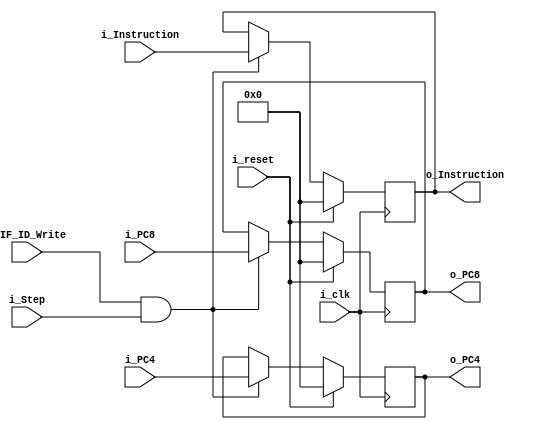
`timescale 1ns / 1ps
//////////////////////////////////////////////////////////////////////////////////


module Etapa_IF_ID
    #(
        parameter NBITS = 32
    )
    (
        input   wire                        i_clk           ,
        input   wire                        i_reset         ,
        input   wire                        i_IF_ID_Write   ,
        //input   wire                        i_IF_ID_Flush   ,
        input   wire    [NBITS-1    :0]     i_PC4           ,
        input   wire    [NBITS-1    :0]     i_PC8           ,
        input   wire    [NBITS-1    :0]     i_Instruction   ,
        input   wire                        i_Step          ,
        output  wire    [NBITS-1    :0]     o_PC4           ,
        output  wire    [NBITS-1    :0]     o_PC8           ,
        output  wire    [NBITS-1    :0]     o_Instruction
    );

    reg     [NBITS-1:0] PC4_reg         ;
    reg     [NBITS-1:0] PC8_reg         ;
    reg     [NBITS-1:0] Instruction_reg ;

    assign o_PC4            =   PC4_reg         ;
    assign o_PC8            =   PC8_reg         ;
    assign o_Instruction    =   Instruction_reg ;
           
    always @(posedge i_clk)
        //if(i_IF_ID_Flush | i_reset)
        if( i_reset)
        begin
            PC4_reg         <=   {NBITS{1'b0}}   ;
            PC8_reg         <=   {NBITS{1'b0}}   ;
            Instruction_reg <=   {NBITS{1'b0}}   ;
        end
        else if(i_IF_ID_Write & i_Step)
        begin
            PC4_reg         <=   i_PC4           ;
            PC8_reg         <=   i_PC8           ;
            Instruction_reg <=   i_Instruction   ;
        end
endmodule